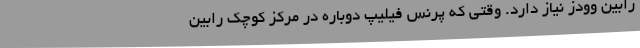
رابین وودز نیاز دارد. وقتی که پرنس فیلیپ دوباره در مرکز کوچک رابین